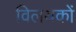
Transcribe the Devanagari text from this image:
विलयकों